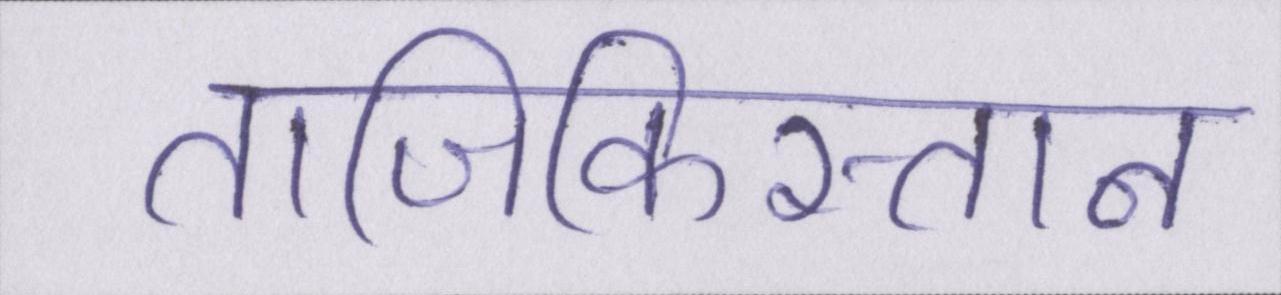
ताजिकिस्तान